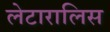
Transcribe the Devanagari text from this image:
लेटारालिस